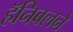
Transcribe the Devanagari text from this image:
हॅनिबलने